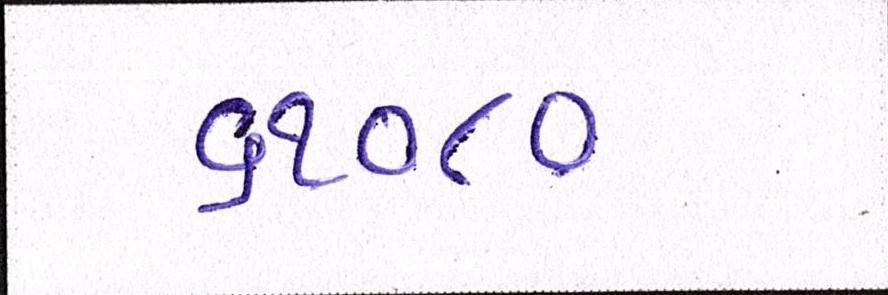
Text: ૬૧૦૪૦